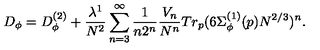
D _ { \phi } = D _ { \phi } ^ { ( 2 ) } + \frac { \lambda ^ { 1 } } { N ^ { 2 } } \sum _ { n = 3 } ^ { \infty } \frac { 1 } { n 2 ^ { n } } \frac { V _ { n } } { N ^ { n } } T r _ { p } ( 6 \Sigma _ { \phi } ^ { ( 1 ) } ( p ) N ^ { 2 / 3 } ) ^ { n } .